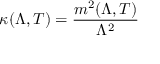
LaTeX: \kappa ( \Lambda , T ) = \frac { m ^ { 2 } ( \Lambda , T ) } { \Lambda ^ { 2 } }